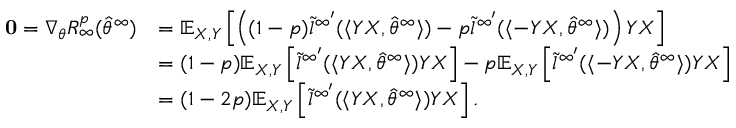
\begin{array} { r l } { \mathbf { 0 } = \nabla _ { \theta } R _ { \infty } ^ { p } ( \hat { \theta } ^ { \infty } ) } & { = \mathbb { E } _ { X , Y } \left[ \left( ( 1 - p ) \tilde { l } ^ { \infty ^ { \prime } } ( \langle Y X , \hat { \theta } ^ { \infty } \rangle ) - p \tilde { l } ^ { \infty ^ { \prime } } ( \langle - Y X , \hat { \theta } ^ { \infty } \rangle ) \right) Y X \right] } \\ & { = ( 1 - p ) \mathbb { E } _ { X , Y } \left[ \tilde { l } ^ { \infty ^ { \prime } } ( \langle Y X , \hat { \theta } ^ { \infty } \rangle ) Y X \right] - p \mathbb { E } _ { X , Y } \left[ \tilde { l } ^ { \infty ^ { \prime } } ( \langle - Y X , \hat { \theta } ^ { \infty } \rangle ) Y X \right] } \\ & { = ( 1 - 2 p ) \mathbb { E } _ { X , Y } \left[ \tilde { l } ^ { \infty ^ { \prime } } ( \langle Y X , \hat { \theta } ^ { \infty } \rangle ) Y X \right] . } \end{array}